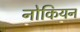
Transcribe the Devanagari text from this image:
नोकियन